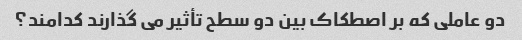
دو عاملی که بر اصطکاک بین دو سطح تأثیر می گذارند کدامند؟